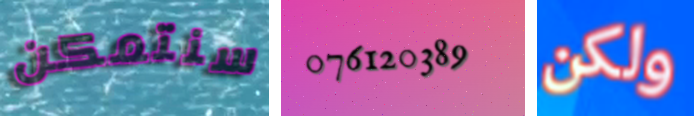
سنتمكن 076120389 ولكن